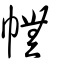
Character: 幠